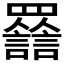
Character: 𧮀